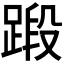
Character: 𫏗